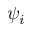
\psi _ { i }